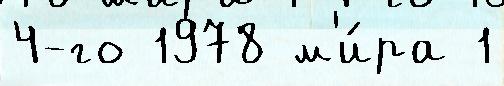
4-го 1978 м'и́ра 1